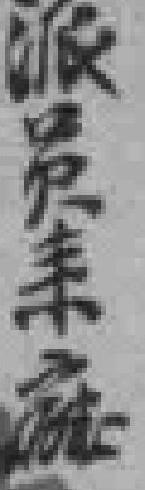
派员*